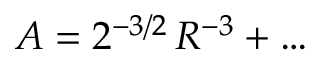
A = 2 ^ { - 3 / 2 } \, R ^ { - 3 } + \dots